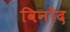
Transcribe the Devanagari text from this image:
विनोेद